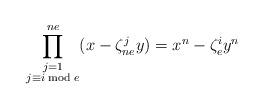
LaTeX: \begin{align*} \prod^{ne}_{\substack{j=1\\ j\equiv i \bmod e}}(x-\zeta^j_{ne}y)= x^n-\zeta^i_ey^n\end{align*}